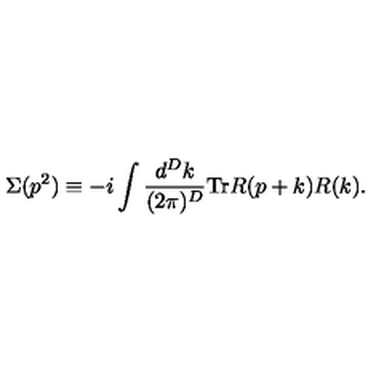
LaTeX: \Sigma ( p ^ { 2 } ) \equiv - i \int \frac { d ^ { D } k } { ( 2 \pi ) ^ { D } } \mathrm { T r } R ( p + k ) R ( k ) .